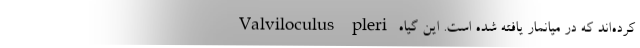
کرده‌اند که در میانمار یافته شده است. این گیاه Valviloculus pleri